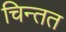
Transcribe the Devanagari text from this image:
चिन्तत